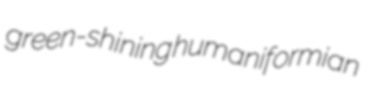
green-shining humaniformian